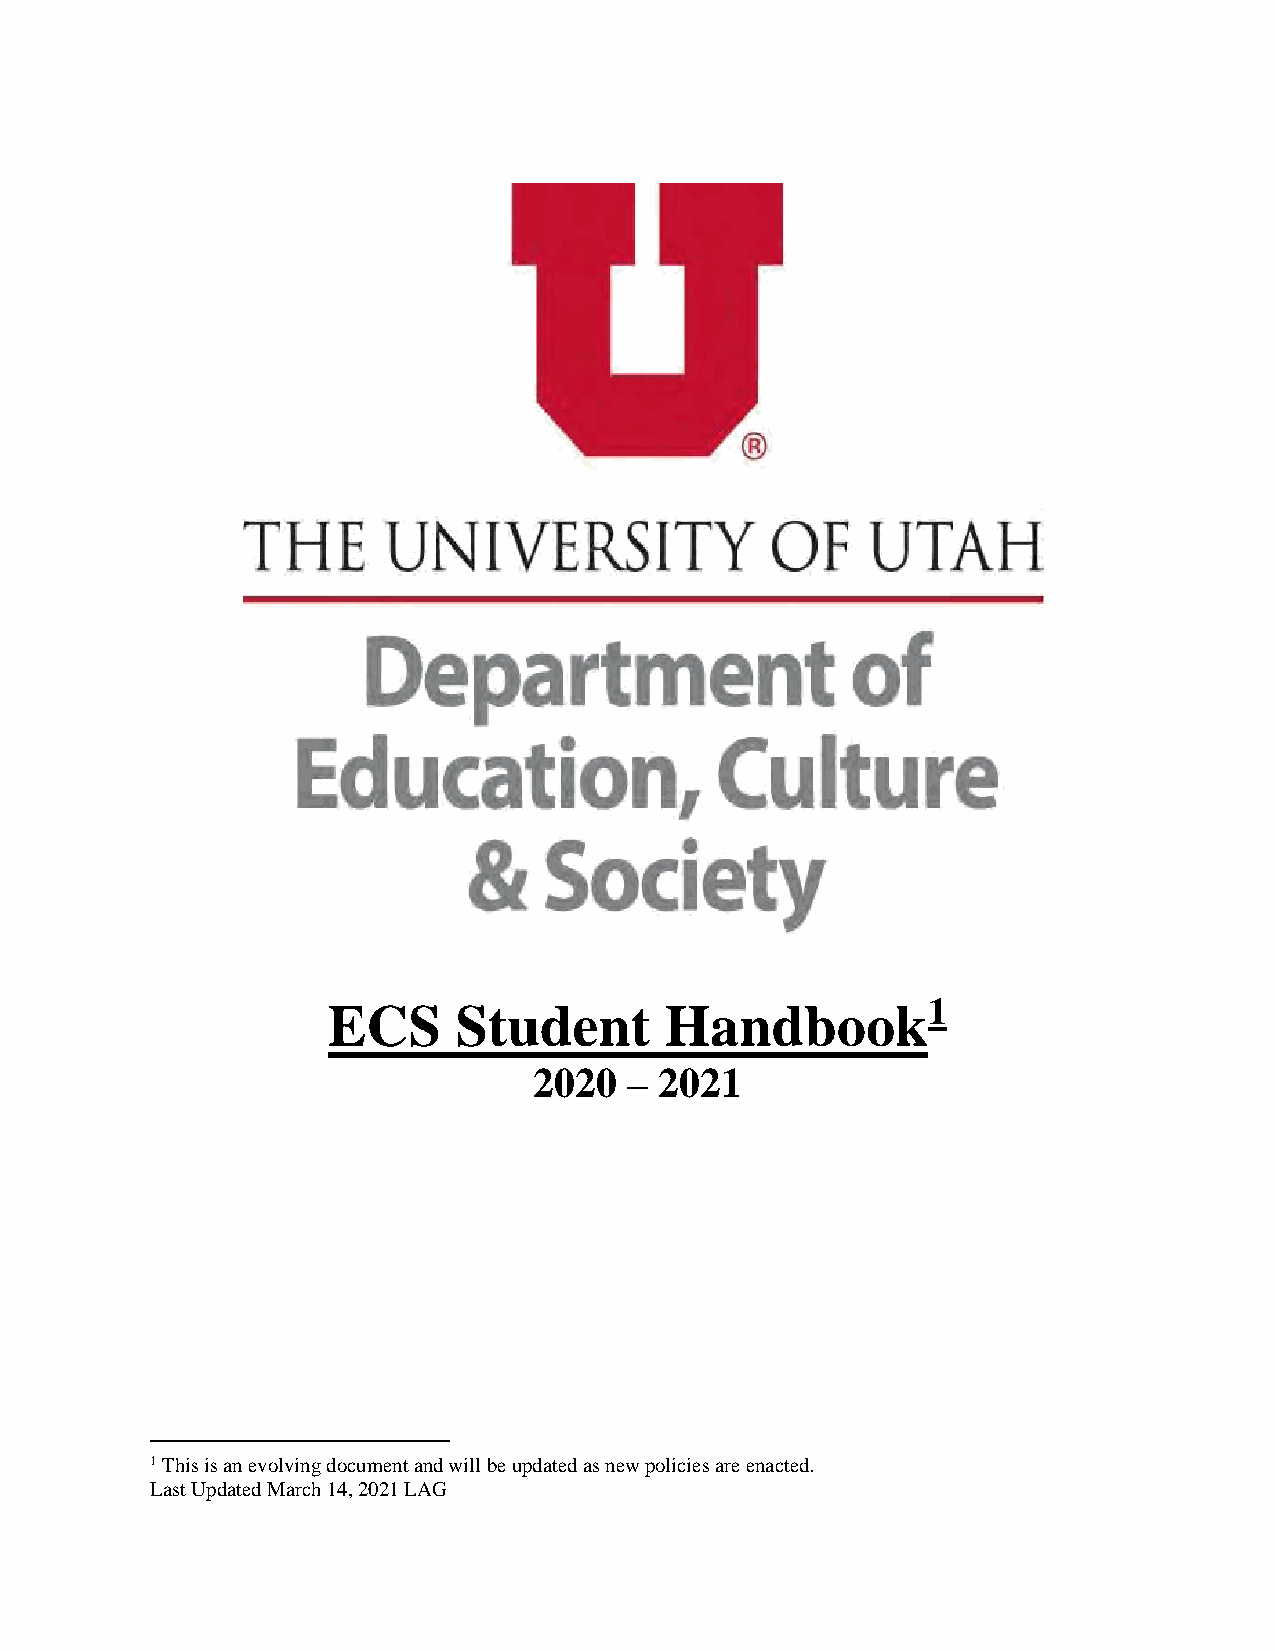
1
 ECS     Student       Handbook
 2020   – 2021
 1 This is an evolving document and will be updated as new policies are enacted.
 Last Updated March 14, 2021 LAG